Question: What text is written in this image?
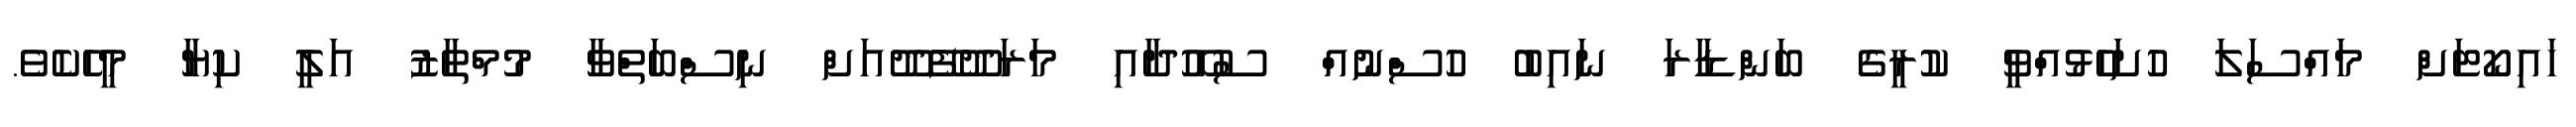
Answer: ހައިކޯޓަށް މައްސަލަ ހުށަހެޅުއްވީ ކުރީގެ ބަންޑާރަ ނައިބު ހުސްނުއް ސުއޫދާއި މަރަދޫފޭދޫއަށް ނިސްބަތްވާ މުމްތާޒު އަލީ ކިޔާ މީހެކެވެ.